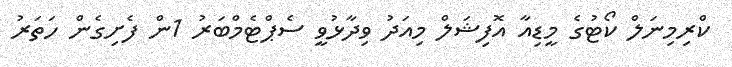
ކްރިމިނަލް ކޯޓުގެ މީޑިއާ އޮފިޝަލް މިއަދު ވިދާޅުވީ ސެޕްޓެމްބަރު 1ން ފެށިގެން ހަތަރު